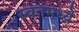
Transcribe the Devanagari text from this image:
स्वतमध्ये